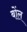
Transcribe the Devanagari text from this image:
बोंल